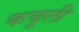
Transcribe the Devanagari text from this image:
कबूली